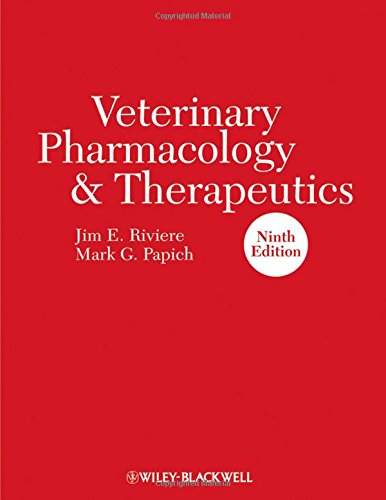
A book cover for Veterinary Pharmacology and Therapeutics; Medical Books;